Source: Handwritten
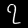
Digit: ၇ (7)